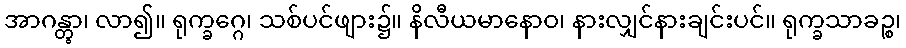
အာဂန္တွာ၊ လာ၍။ ရုက္ခဂ္ဂေ၊ သစ်ပင်ဖျား၌။ နိလီယမာနောဝ၊ နားလျှင်နားချင်းပင်။ ရုက္ခသာခဉ္စ၊